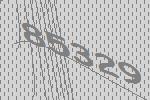
85329